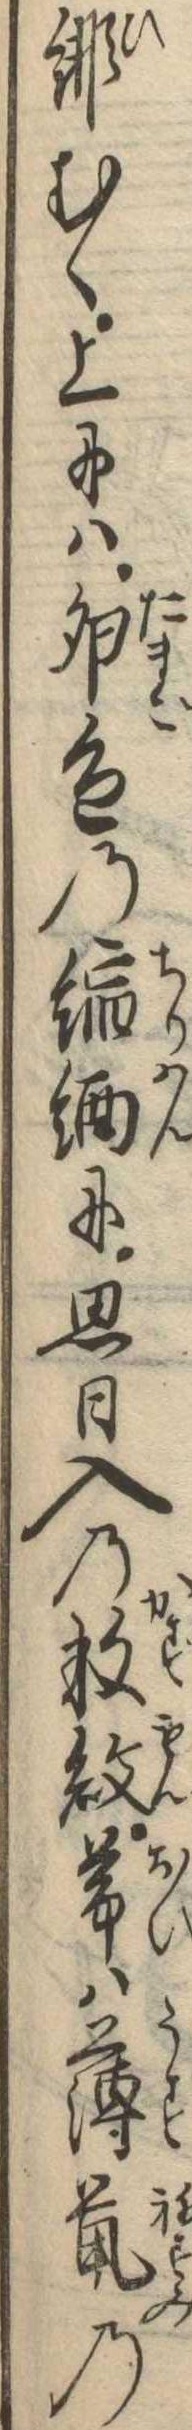
緋むく上には卵色の縮緬に思日入の数紋帯は薄鼠の